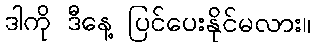
ဒါကို ဒီနေ့ ပြင်ပေးနိုင်မလား။